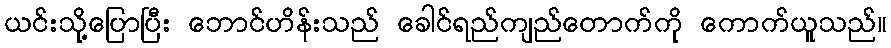
ယင်းသို့ပြောပြီး ဘောင်ဟိန်းသည် ခေါင်ရည်ကျည်တောက်ကို ကောက်ယူသည်။